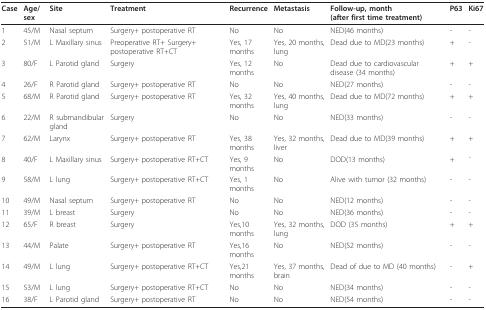
| Case | Age/sex | Site | Treatment | Recurrence | Metastasis | Follow-up, month(after first time treatment) | P63 | Ki67 |
 | --- | --- | --- | --- | --- | --- | --- | --- | --- |
 | 1 | 45/M | Nasal septum | Surgery+ postoperative RT | No | No | NED(46 months) | - | - |
 | 2 | 51/M | L Maxillary sinus | Preoperative RT+ Surgery+ postoperative RT+CT | Yes, 17 months | Yes, 20 months, lung | Dead due to MD(23 months) | + | - |
 | 3 | 80/F | L Parotid gland | Surgery | Yes, 12 months | No | Dead due to cardiovascular disease (34 months) | + | + |
 | 4 | 26/F | R Parotid gland | Surgery+ postoperative RT | No | No | NED(27 months) | - | - |
 | 5 | 68/M | R Parotid gland | Surgery+ postoperative RT | Yes, 32 months | Yes, 40 months, lung | Dead due to MD(72 months) | + | + |
 | 6 | 22/M | R submandibular gland | Surgery | No | No | NED(33 months) | - | - |
 | 7 | 62/M | Larynx | Surgery+ postoperative RT | Yes, 38 months | Yes, 32 months, liver | Dead due to MD(39 months) | + | + |
 | 8 | 40/F | L Maxillary sinus | Surgery+ postoperative RT+CT | Yes, 9 months | No | DOD(13 months) | + | ̄ |
 | 9 | 58/M | L lung | Surgery+ postoperative RT+CT | Yes, 1 months | No | Alive with tumor (32 months) | - | - |
 | 10 | 49/M | Nasal septum | Surgery+ postoperative RT | No | No | NED(12 months) | - | - |
 | 11 | 39/M | L breast | Surgery | No | No | NED(36 months) | - | - |
 | 12 | 65/F | R breast | Surgery | Yes,10 months | Yes, 32 months, lung | DOD (35 months) | + | + |
 | 13 | 44/M | Palate | Surgery+ postoperative RT | Yes,16 months | No | NED(52 months) | - | - |
 | 14 | 49/M | L lung | Surgery+ postoperative RT+CT | Yes,21 months | Yes, 37 months, brain | Dead of due to MD (40 months) | - | + |
 | 15 | 53/M | L lung | Surgery+ postoperative RT+CT | No | No | NED(34 months) | - | - |
 | 16 | 38/F | L Parotid gland | Surgery+ postoperative RT | No | No | NED(54 months) | - | - |